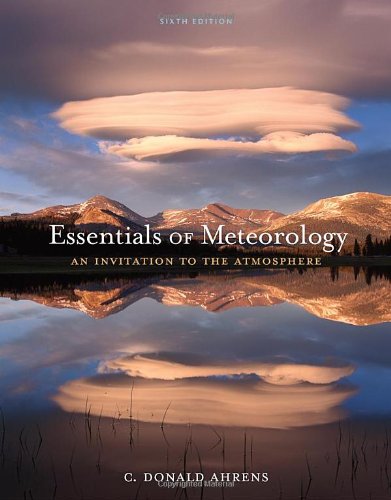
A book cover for Essentials of Meteorology: An Invitation to the Atmosphere; C. Donald Ahrens; Science & Math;